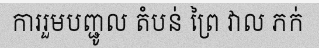
ការរួមបញ្ជូល តំបន់ ព្រៃ វាល ភក់